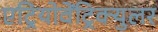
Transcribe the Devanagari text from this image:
एट्रियोवेंट्रिक्युलर